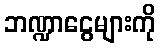
ဘဏ္ဍာငွေများကို